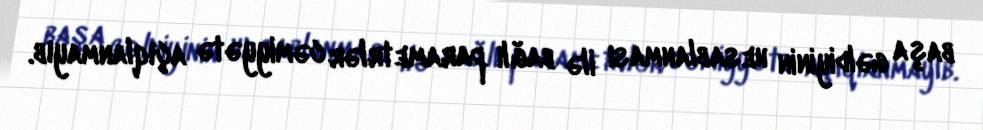
başa gəldiyinin hesablanması ilə bağlı parametrlər cəmiyyətə açıqlanmayıb.